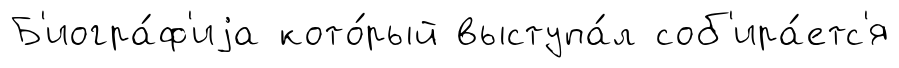
Б'иогра́ф'иjа кото́рый выступа́л соб'ира́етс'я